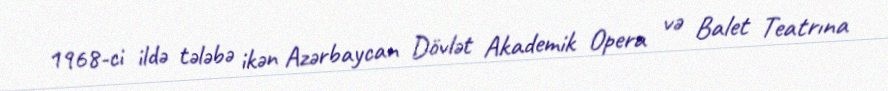
1968-ci ildə tələbə ikən Azərbaycan Dövlət Akademik Opera və Balet Teatrına